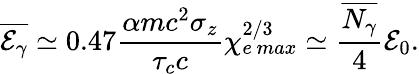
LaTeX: \overline{{\mathcal{E}_{\gamma}}}\simeq 0.47\frac{\alpha mc^{2}\sigma_{z}}{\tau_{c}c}\chi_{e\, max}^{2/3}\simeq\frac{\overline{{N_{\gamma}}}}{4}\mathcal{E}_{0}.